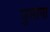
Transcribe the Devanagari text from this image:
घुसाना